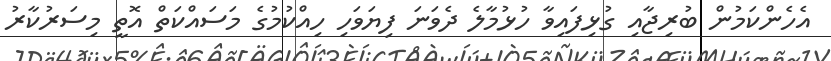
އެހެންކަމުން ބުރިޖާއި ގުޅިފައިވާ ހުޅުމާލެ ދެވަނަ ފިޔަވަހި ހިއްކުމުގެ މަސައްކަތް އޮތީ މިސަރުކާރު